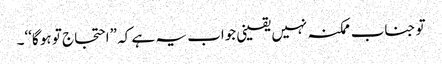
تو جناب ممکنہ نہیں یقینی جواب یہ ہے کہ ”احتجاج تو ہو گا‘‘۔